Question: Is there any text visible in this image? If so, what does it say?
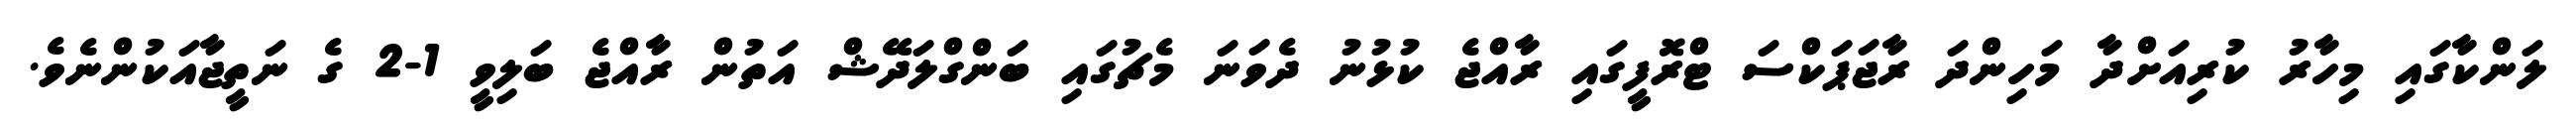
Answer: ލަންކާގައި މިހާރު ކުރިއަށްދާ މަހިންދަ ރާޖަޕަކްސަ ޓްރޮފީގައި ރާއްޖެ ކުޅުނު ދެވަނަ މެޗުގައި ބަންގްލަދޭޝް އަތުން ރާއްޖެ ބަލިވީ 1-2 ގެ ނަތީޖާއަކުންނެވެ.